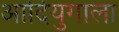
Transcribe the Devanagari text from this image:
आदियुगाला